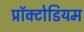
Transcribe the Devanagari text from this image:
प्रॉक्टोडियम